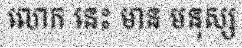
លោក នេះ មាន មនុស្ស